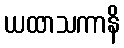
ယထာသကာနိ